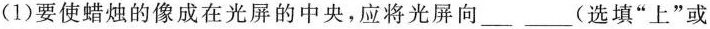
(1)要使蜡烛的像成在光屏的中央，应将光屏向___(选填”上”或